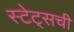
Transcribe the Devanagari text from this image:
स्टेट्‌सची